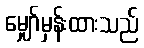
မျှော်မှန်းထားသည်